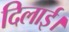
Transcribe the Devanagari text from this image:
दिलार्इ।